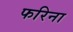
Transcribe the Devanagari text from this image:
फरिना